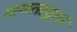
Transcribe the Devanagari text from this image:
क्षमतायुक्त